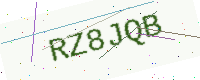
Text: RZ8JQB